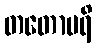
တတောပရိ